Annual administration and progress report of the Indian Medical Department, Bombay
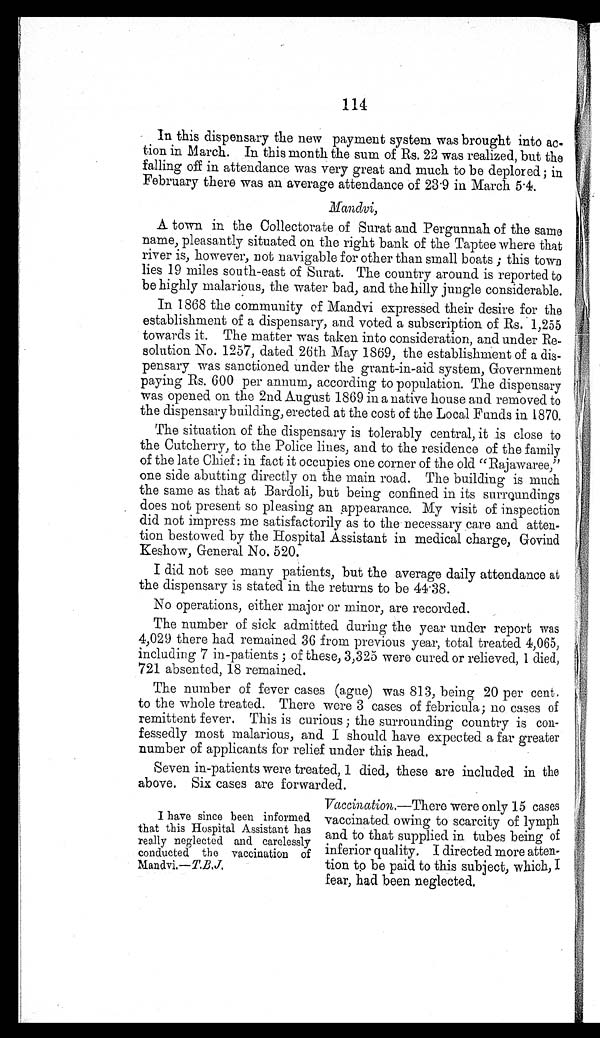
114
In this dispensary the new payment system was brought into ac-
tion in March. In this month the sum of Rs. 22 was realized, but the
falling off in attendance was very great and much to be deplored ; in
February there was an average attendance of 23.9 in March 5.4.
Mandvi,
A town in the Collectorate of Surat and Pergunnah of the same
name, pleasantly situated on the right bank of the Taptee where that
river is, however, not navigable for other than small boats ; this town
lies 19 miles south-east of Surat. The country around is reported to
be highly malarious, the water bad, and the hilly jungle considerable.
In 1868 the community of Mandvi expressed their desire for the
establishment of a dispensary, and voted a subscription of Rs. 1,255
towards it. The matter was taken into consideration, and under Re-
solution No. 1257, dated 26th May 1869, the establishment of a dis-
pensary was sanctioned under the grant-in-aid system, Government
paying Rs. 600 per annum, according to population. The dispensary
was opened on the 2nd August 1869 in a native house and removed to
the dispensary building, erected at the cost of the Local Funds in 1870.
The situation of the dispensary is tolerably central, it is close to
the Cutcherry, to the Police lines, and to the residence of the family
of the late Chief: in fact it occupies one corner of the old "Rajawaree,"
one side abutting directly on the main road. The building is much
the same as that at Bardoli, but being confined in its surroundings
does not present so pleasing an appearance. My visit of inspection
did not impress me satisfactorily as to the necessary care and atten-
tion bestowed by the Hospital Assistant in medical charge, Govind
Keshow, General No. 520.
I did not see many patients, but the average daily attendance at
the dispensary is stated in the returns to be 44.38.
No operations, either major or minor, are recorded.
The number of sick admitted during the year under report was
4,029 there had remained 36 from previous year, total treated 4,065,
including 7 in-patients ; of these, 3,325 were cured or relieved, 1 died,
721 absented, 18 remained.
The number of fever cases (ague) was 813, being 20 per cent.
to the whole treated. There were 3 cases of febricula; no cases of
remittent fever. This is curious ; the surrounding country is con-
fessedly most malarious, and I should have expected a far greater
number of applicants for relief under this head.
Seven in-patients were treated, 1 died, these are included in the
above. Six cases are forwarded.
I have since been informed
that this Hospital Assistant has
really neglected and carelessly
conducted the vaccination of
Mandvi.— T.B.J.
Vaccination.—There were only 15 cases
vaccinated owing to scarcity of lymph
and to that supplied in tubes being of
inferior quality. I directed more atten-
tion to be paid to this subject, which, I
fear, had been neglected.